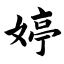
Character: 婷